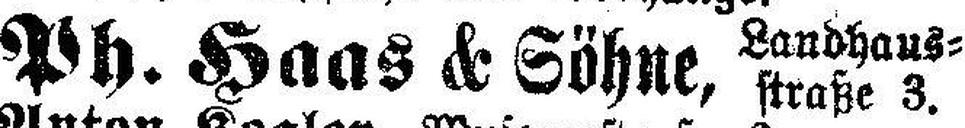
Ph. Haas & Söhne,